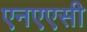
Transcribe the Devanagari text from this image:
एनएएसी